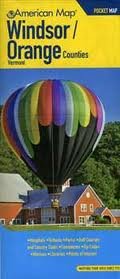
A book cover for American Map Windsor/Orange Counties, Vt Pocket Map; American Map Corp; Travel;